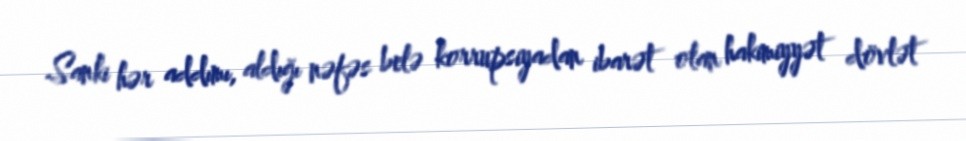
Sanki hər addımı, aldığı nəfəs belə korrupsiyadan ibarət olan hakimiyyət dövlət